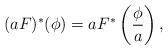
LaTeX: \begin{align*}(aF)^*(\phi) = a F^*\left(\frac{\phi}{a}\right),\end{align*}